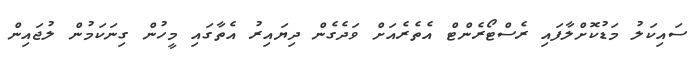
ސައިކަލު މަޑުކޮށްލާފައި ރެސްޓޯރެންޓް އެތެރެއަށް ވަދެގެން ދިޔައިރު އެތާގައި މީހުން ގިނަކަމުން ލުޖައިން